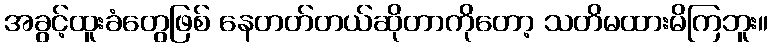
အခွင့်ထူးခံတွေဖြစ် နေတတ်တယ်ဆိုတာကိုတော့ သတိမထားမိကြဘူး။